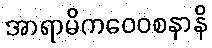
အာရာမိကဝေဝစနာနိ